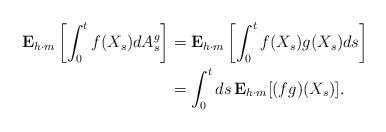
LaTeX: \begin{align*}\mathbf{E}_{h\cdot m}\left[\int_0^{t}f(X_s)dA^g_s\right]&={\bf E}_{h\cdot m} \left[\int_0^t f(X_s)g(X_s)ds\right]\\&=\int_0^t ds\, {\bf E}_{h\cdot m}[(fg)(X_s)].\end{align*}